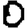
Digit: 0